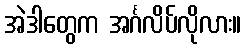
အဲဒါတွေက အင်္ဂလိပ်လိုလား။